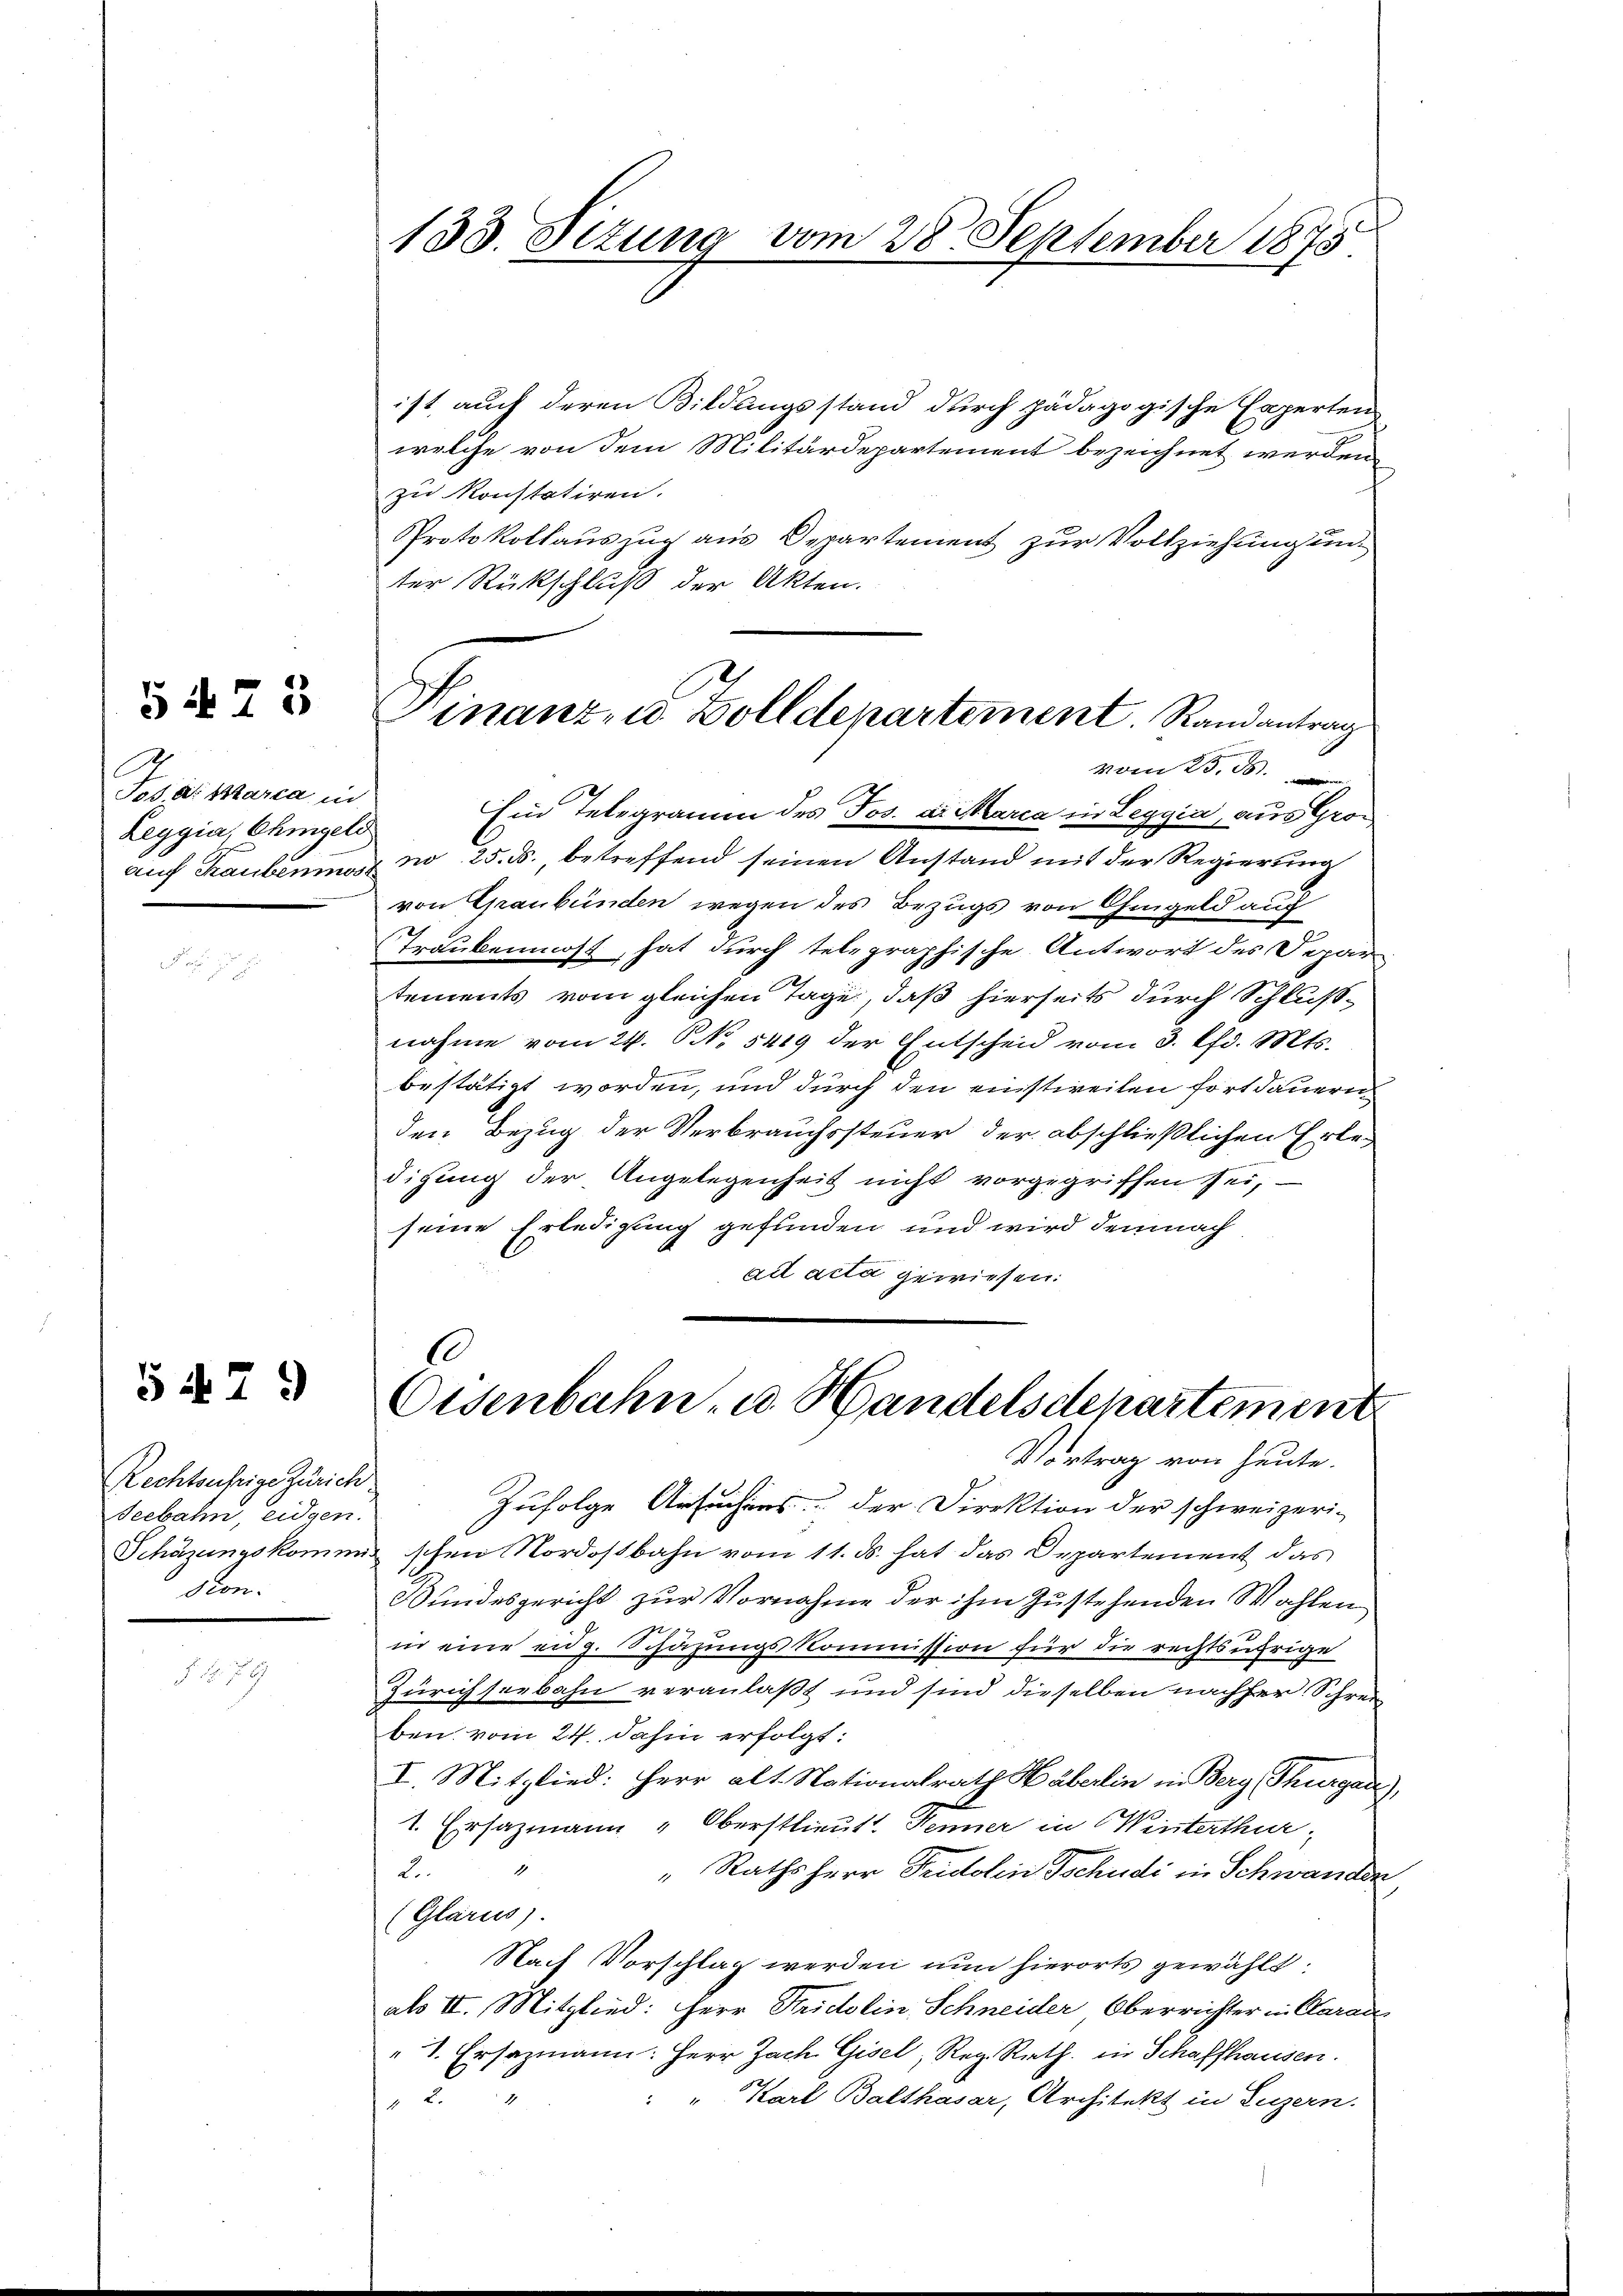
5475

Josa. Maria in
Leggia, Ohmgeld

54. 29

Rechtsufrige Zürich.
Seebahn, eidgen.
ston.

ist, auch deren Bildungsstand durch pädagogische Experten
welche von dem Militärdepartement bezeichnet werden,
zu konstatiren.
Protokollauszug aus Departement zur Vollziehung unter Rückschluß der Akten.
vom 23. d.
Ein Telegramm des Jos. di Marca in Leggia, aus Groauf Raubenmost No 25. ds., betreffend seinen Anstand mit der Regierung
von Graubünden wegen des Bezugs von Chingeld auf
Traubenmost, hat durch telegraphische Antwort des Departements vom gleichen Tage, daß hierseits durch Schlußnahme vom 24. S. 5419 der Entscheid vom 3. d. Mts.

bestätigt worden, und durch den einstweilen fortdauern
den Bezug der Verbrauchssteuer, der abschließlichen Erledigung der Angelegenheit nicht vorgegriffen sei,
seine Erledigung gefunden und wird demnach
ad acta gewiesen.

133. Sizung vom 28. September 1873

Winanz- u. Zolldepartement. Randantrag

C
Eisenbahn, u. Handelsdepartement
Vortrag von heute.

Zufolge Ansuchens der Direktion der schweizeri-
Schäzungskommig schen Nordostbahn vom 11. ds. hat das Departement das
Bundesgericht zur Vornahme der ihm zustehenden Wahlen
2
in eine eidg. Schazungskommission für die rechtsübrige
Zürichseebahn veranlaßt und sind dieselben nachher Schrei
ben vom 24. dahin erfolgt:
I. Mitglied: Herr alt. Nationalrath Häberlin in Berg (Thurgau,
1. Ersazmann Oberstlieut. Henner in Winterthur,
2
" Raths Herr Teutolin Tschudi in Schwanden
(Glarus).
Nach Vorschlag werden nun hierorts gewählt:
als II. Mitglied: Herr Fridolin Schneider Oberrichter in Claran
"1. Ersazmann: Herr Zach Gisel, Reg. Rath. in Schaffhausen.
" Karl Balthasar, Architekt in Luzern.
2